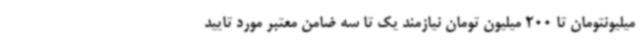
میلیونتومان تا 200 میلیون تومان نیازمند یک تا سه ضامن معتبر مورد تایید